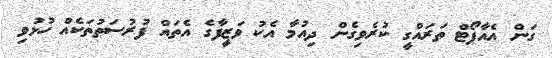
ގަން އެއާޕޯޓް ތަރައްގީ ކުރެވިގެން ދިއުމާ އެކު ވަޒީފާގެ އެތައް ފުރުސަތުތަކެއް ހުޅުވި